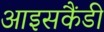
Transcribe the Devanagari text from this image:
आइसकैंडी